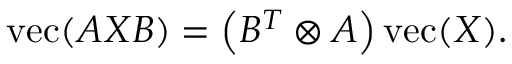
\operatorname { v e c } ( A X B ) = \left( B ^ { T } \otimes A \right) \operatorname { v e c } ( X ) .